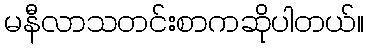
မနီလာသတင်းစာကဆိုပါတယ်။